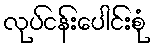
လုပ်ငန်းပေါင်းစုံ